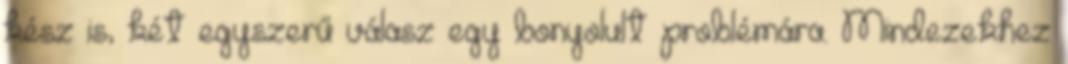
kész is, két egyszerű válasz egy bonyolult problémára. Mindezekhez